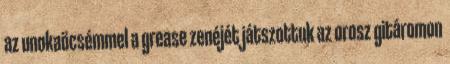
az unokaöcsémmel a grease zenéjét játszottuk az orosz gitáromon